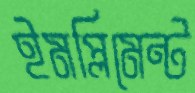
ইমপ্লিমেন্ট